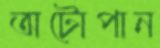
অটোপান